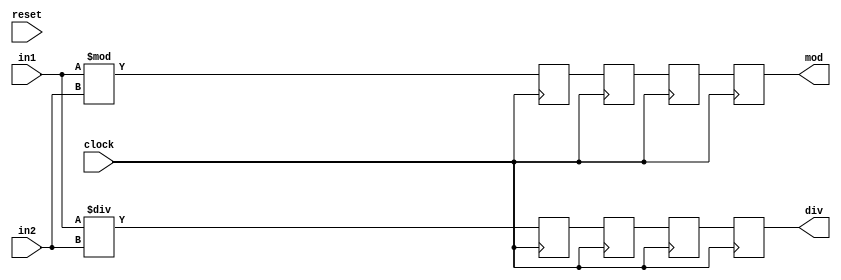
module divmodder
  #( parameter WIDTH = 32,
     parameter LATENCY = 4 
   )
   (
     input clock,
     input reset,
     input [WIDTH-1:0] in1,
     input [WIDTH-1:0] in2,
     output reg [WIDTH-1:0] div,
     output reg [WIDTH-1:0] mod
   );
  integer i;
  reg [WIDTH-1:0] sr1[LATENCY];
  reg [WIDTH-1:0] sr2[LATENCY];

  always @(posedge clock) begin
    begin
      sr1[0] <= in1 % in2;
      sr2[0] <= in1 / in2;
      for(i=1; i<LATENCY; i=i+1) begin
        sr1[i] <= sr1[i-1];
        sr2[i] <= sr2[i-1];
      end
    end
  end

  always @(*) begin
    mod = sr1[LATENCY-1];
    div = sr2[LATENCY-1];
  end

endmodule